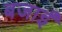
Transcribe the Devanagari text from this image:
बजाईं